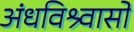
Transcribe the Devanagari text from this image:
अंधविश्र्वासों